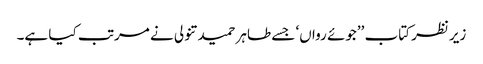
زیرنظر کتاب ’’جوئے رواں‘ جسے طاہر حمید تنولی نے مرتب کیا ہے۔